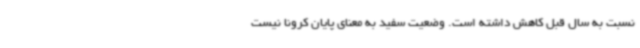
نسبت به سال قبل کاهش داشته است. وضعیت سفید به معنای پایان کرونا نیست